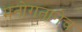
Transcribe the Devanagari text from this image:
मनोगतानेच